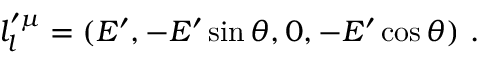
l _ { l } ^ { \prime \mu } = ( E ^ { \prime } , - E ^ { \prime } \sin \theta , 0 , - E ^ { \prime } \cos \theta ) ~ .